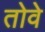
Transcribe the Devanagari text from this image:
तोवे